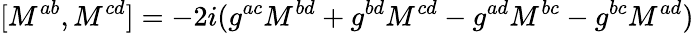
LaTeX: [M^{ab},M^{cd}]=-2i(g^{ac}M^{bd}+g^{bd}M^{cd}-g^{ad}M^{bc}-g^{bc}M^{ad})